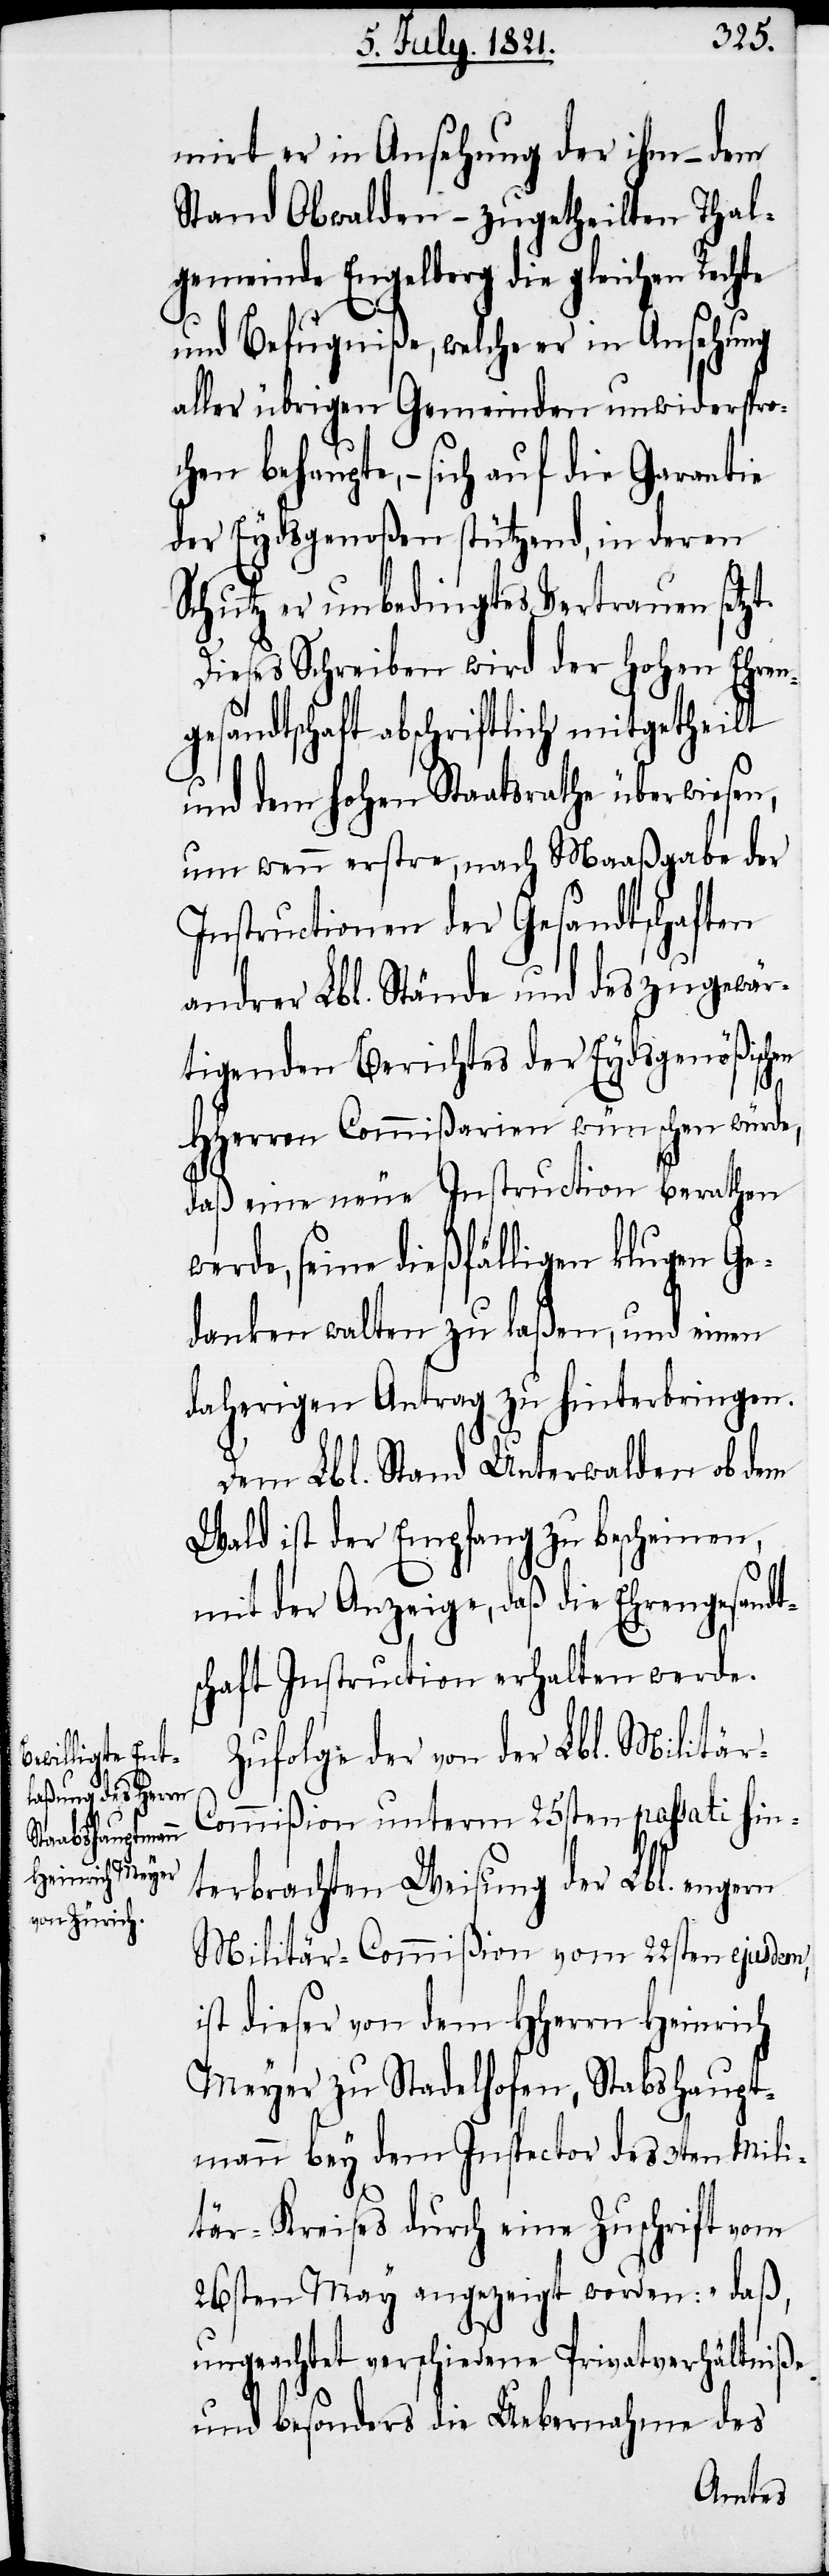
mirt er in Ansehung der ihm – dem
Stand Obwalden – zugetheilten Thal¬
gemeinde Engelberg die gleichen Rechte
und Befugniße, welche er in Ansehung
aller übrigen Gemeinden unwiderspro¬
chen behaupte, – sich auf die Garantie
der Eydsgenoßen stützend, in deren
Schutz er unbedingtes Vertrauen setzt.
Dieses Schreiben wird der hohen Ehren¬
gesandtschaft abschriftlich mitgetheilt
und dem hohen Staatsrathe überwiesen,
um wenn erstre, nach Maaßgabe der
Instructionen der Gesandtschaften
andrer Lbl. Stände und des zu gewär¬
tigenden Berichtes der Eydsgenößischen
HHerren Commißarien wünschen würde,
daß eine neue Instruction berathen
werde, seine dießfälligen klugen Ge¬
danken walten zu laßen, und einen
daherigen Antrag zu hinterbringen.
Dem Lbl. Stand Unterwalden ob dem
Wald ist der Empfang zu bescheinen,
mit der Anzeige, daß die Ehrengesandt¬
schaft Instruction erhalten werde.
Zufolge der von der Lbl. Militä¬
r-Commißion unterm 25sten passati hin¬
terbrachten Weisung der Lbl. engern
Militär-Commißion vom 22sten ejusdem,
ist dieser von dem HHerrn Heinrich
Meyer zu Stadelhofen, Stabshaupt¬
mann bey dem Inspector des 3ten Mili¬
tär-Kreises durch eine Zuschrift vom
26sten May angezeigt worden: „daß,
ungeachtet verschiedene Privatverhältniße
und besonders die Uebernahme des